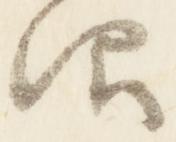
仰